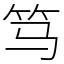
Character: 笃